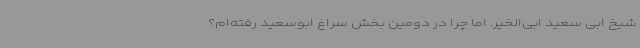
شیخ ابی سعید ابی‌الخیر. اما چرا در دومین بخش سراغ ابوسعید رفته‌ام؟